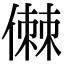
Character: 𠍷